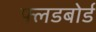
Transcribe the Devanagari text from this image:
फ्लडबोर्ड